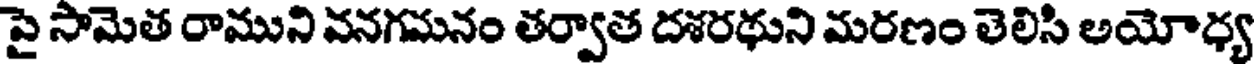
పై సామెత రాముని వనగమనం తర్వాత దశరథుని మరణం తెలిసి అయోధ్య